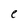
Character: e